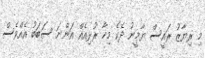
މި ރިޔާޒު ރައީސް ޔާމީނު ދެކެ މިހާ ރުޅިއެއް އަންނަ ސަބަބު އެއްވެސް